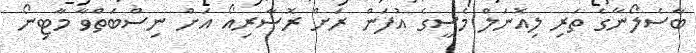
ބާސެލޯނާގެ ތަރި ލިއޮނަލް މެސީގެ އުފަން ރަށް ރޮސާރިއޯ އަށް ނިސްބަތްވާ މާޓިނޯ